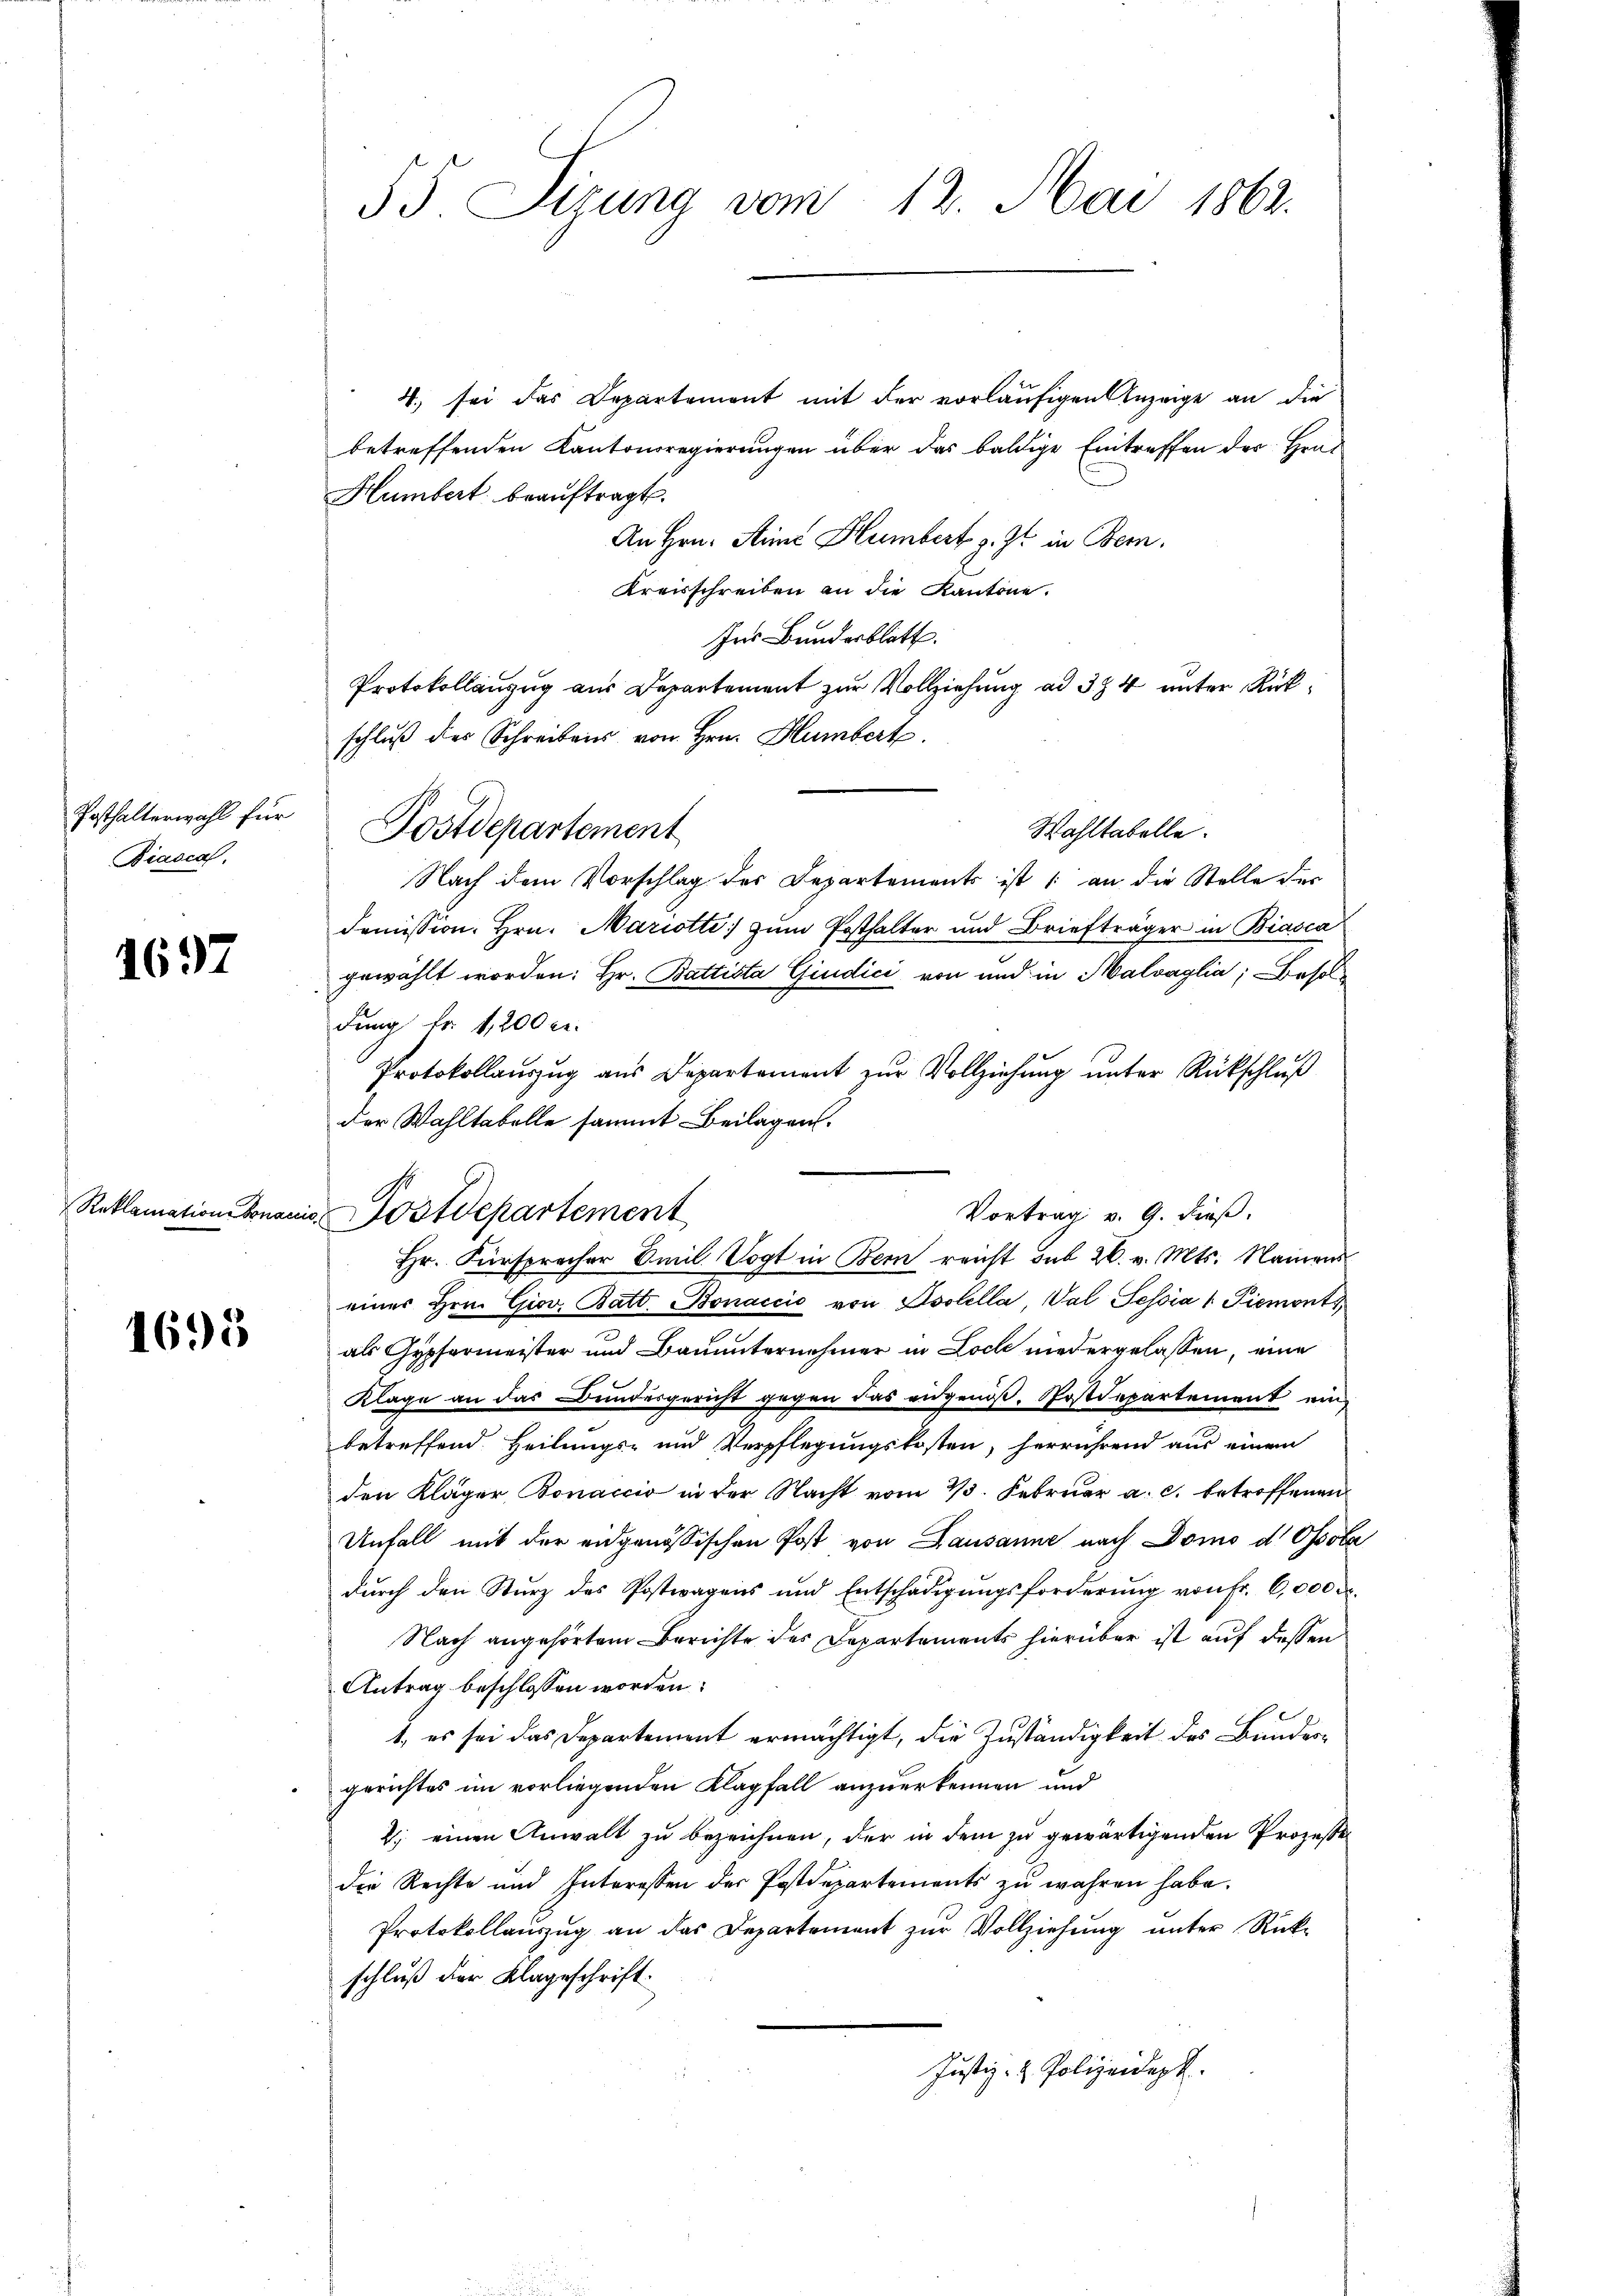
Posthalterwahl für
Biasca,

1697

Reklamation Sonac

1695

55. Sizung vom 12. Mai 1862.

Postdepartement

in Postdepartement

4) sei das Departement mit der vorläufigen Anzeige an die
betreffenden Kantonsregierungen über das baldige Eintreffen der Hrat
Humbert beauftragt.
An Hrn. Anna Humbert z. Zt. in Bern.
Kreisschreiben an die Kantone.
Ins Bundesblatt.
Protokollanzug aus Departement zur Vollziehung ad 374 unter Rückschlŭβ des Schreibens von Hrn. Humbert.
Wahltabelle.
Nach dem Vorschlag des Departements ist 1 an die Stelle der
domission. Hrn. Mariotte) zum Posthalter und Briefträger in Biasca
gewählt worden: Hr. Battista Giudici von und in Malvaglia, Besoldung Fr. 1,200 l.
Protokollaŭszŭg aŭs Departement zŭr Vollziehŭng ŭnter Rückschlŭβ
der Wahltabelle sammt Beilagen.
Vortrag v. 9. dieß.
einer Hrn. Giov. Batt. Bonaccio von Isolella Val Sessia 1. Piemonts,
als Gypfermeister und Bauunternehmer in Loch niedergelassen, eine
Klage an das Bundesgericht gegen das eidgenoß, Postdepartement ein
betreffend Heilungs- und Verpflegungskosten, herrührend aus einem
den Kläger Bonaccio in der Nacht vom 23. Februar a. c. betroffenen
Unfall mit der eidgenössischen Post von Lausanne nach Domo d. Ossola
dŭrch den Sturz des Postwagens und Entschädigŭngsforderŭng von Fr. 6,000 u.
Nach angehörtem Berichte des Departements hierüber ist auf dessen
Antrag beschlossen worden:
1., es sei das Departement ermächtigt, die Zuständigkeit des Bunder-
gerichtes im vorliegenden Klagfall anzuerkennen und
2. einen Anwalt zu bezeichnen, der in dem zu gewärtigenden Prozesse
die Rechte und Interessen der Postdepartements zu wahren habe.
Protokollaŭszŭg an das Departement zŭr Vollziehŭng ŭnter Rück-
schluß der Klageschrift
Justiz- & Polizeidepk.

Hr. Fürspracher Emil Vogt in Bern reicht sub 26. v. Mts. Namens